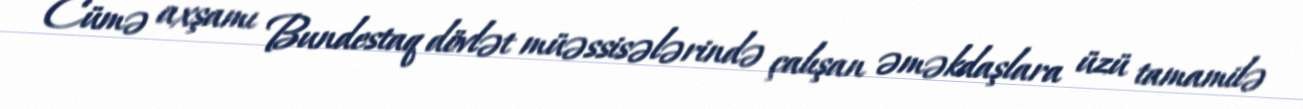
Cümə axşamı Bundestaq dövlət müəssisələrində çalışan əməkdaşlara üzü tamamilə